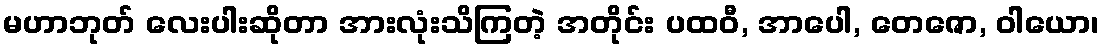
မဟာဘုတ် လေးပါးဆိုတာ အားလုံးသိကြတဲ့ အတိုင်း ပထဝီ, အာပေါ, တေဇော, ဝါယော၊